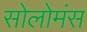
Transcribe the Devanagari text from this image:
सोलोमंस